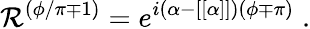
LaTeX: {\cal R}^{(\phi/\pi\mp 1)}=e^{i(\alpha-[[\alpha]])(\phi\mp\pi)}\; .